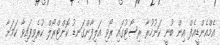
އެމްއެންޑީއެފް އިން ބުނީ ކަނުހުރާ ރިސޯޓުގައި ރޯވި އަލިފާންގަނޑު ކޮންޓްރޯލް ކުރެވިފައިވާ ކަމަށާ